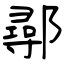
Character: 鄩